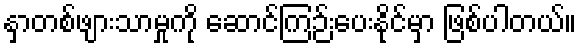
နှာတစ်ဖျားသာမှုကို ဆောင်ကြဉ်းပေးနိုင်မှာ ဖြစ်ပါတယ်။